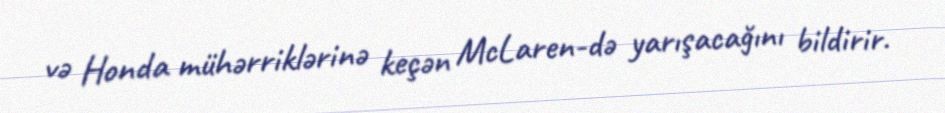
və Honda mühərriklərinə keçən McLaren-də yarışacağını bildirir.